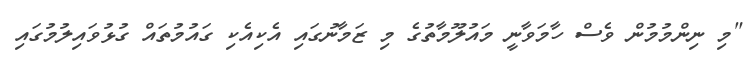
"މި ނިންމުމުން ވެސް ހާމަވާނީ މައުލޫމާތުގެ މި ޒަމާނުގައި އެކިއެކި ގައުމުތައް ގުޅުވައިލުމުގައި